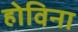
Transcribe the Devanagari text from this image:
होविना